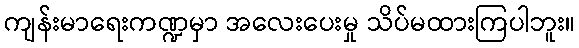
ကျန်းမာရေးကဏ္ဍမှာ အလေးပေးမှု သိပ်မထားကြပါဘူး။